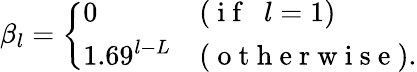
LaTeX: \beta_{l}=\left\{ \begin{array}{ll}{0}&{(\mathrm{~i~f~\ \ }l=1)}\\ {1.69^{l-L}}&{(\mathrm{~o~t~h~e~r~w~i~s~e~}).}\end{array}\right.